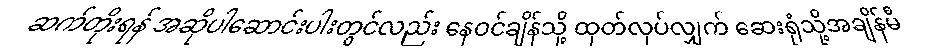
ဆက်တိုးရန် အဆိုပါဆောင်းပါးတွင်လည်း နေဝင်ချိန်သို့ ထုတ်လုပ်လျှက် ဆေးရုံသို့အချိန်မီ